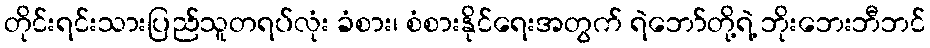
တိုင်းရင်းသားပြည်သူတရပ်လုံး ခံစား၊ စံစားနိုင်ရေးအတွက် ရဲဘော်တို့ရဲ့ ဘိုးဘေးဘီဘင်